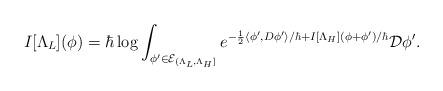
LaTeX: \begin{align*} I[\Lambda_L](\phi) = \hbar \log \int_{\phi' \in \mathcal{E}_{(\Lambda_L, \Lambda_H]}} e^{-\frac{1}{2}\langle \phi', D \phi' \rangle/\hbar + I[\Lambda_H](\phi + \phi')/\hbar} \mathcal{D} \phi'.\end{align*}